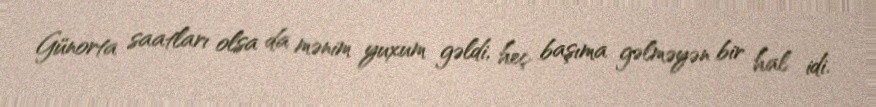
Günorta saatları olsa da mənim yuxum gəldi, heç başıma gəlməyən bir hal idi.